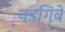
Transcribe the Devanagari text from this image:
नडगिवे